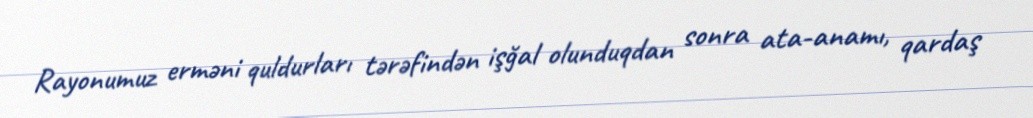
Rayonumuz erməni quldurları tərəfindən işğal olunduqdan sonra ata-anamı, qardaş